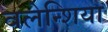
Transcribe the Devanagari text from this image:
वलेन्शिया